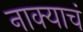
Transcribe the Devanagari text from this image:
नाक्याचं